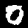
Digit: 0